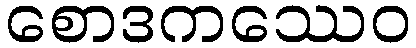
စောဒကဿေဝ